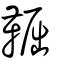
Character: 𩋎